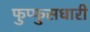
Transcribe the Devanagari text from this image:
फुप्फुसधारी